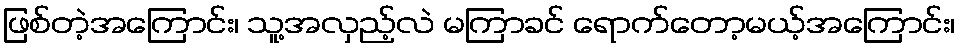
ဖြစ်တဲ့အကြောင်း၊ သူ့အလှည့်လဲ မကြာခင် ရောက်တော့မယ့်အကြောင်း၊